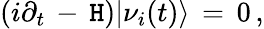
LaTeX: \left(i\partial_{t}\, -\, \mathtt{H}\right)|\nu_{i}(t)\rangle\, =\, 0\, ,